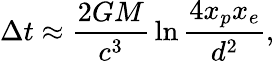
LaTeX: \Delta t\approx{\frac{2GM}{c^{3}}}\ln{\frac{4x_{p}x_{e}}{d^{2}}},